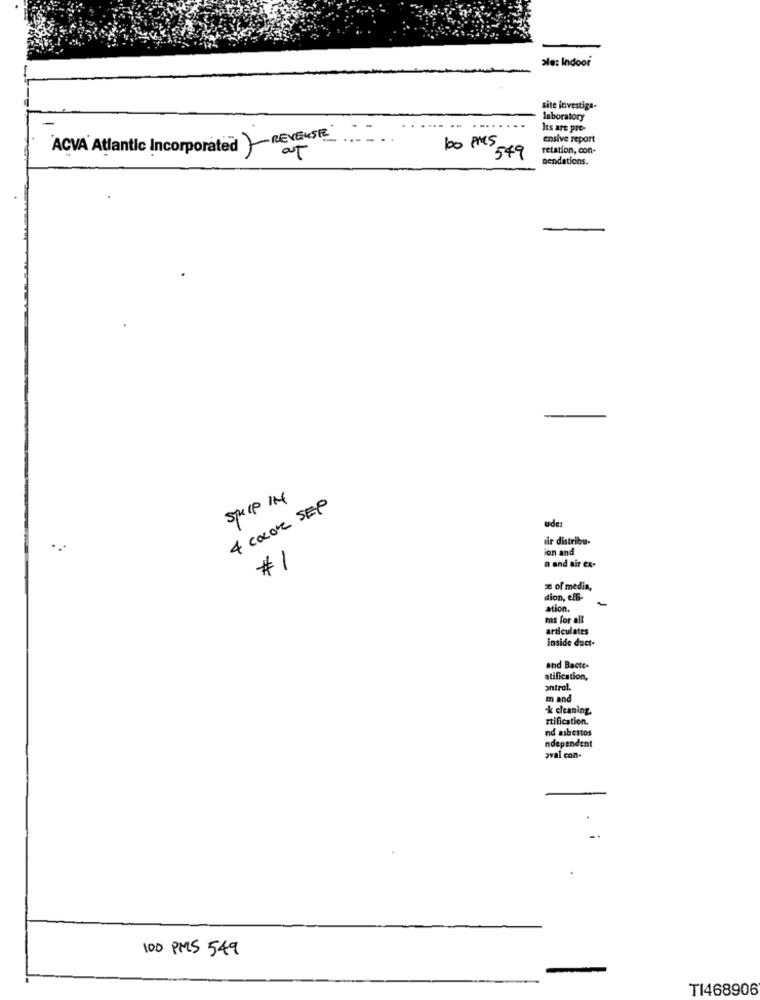
ale: Indoor
site investiga-
laboratory
Its are pre-
ensive report
ACVA Atlantic Incorporated -REVERSE
100 PMS
retation, con-
at
2549
pendations.
Spip IN
4 COLOR SEP
ude:
dir distribu.
ion and
#1
n and air ex-
ze of media,
dion, effi-
ation.
ms for all
articulates
inside daet-
and Bacte-
atification,
antrol.
m and
k cleaning
rtification.
nd asbestos
ndependent
aval con-
100 PMS 549
TI468906